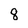
Character: 8